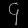
Digit: ၄